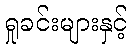
ရှုခင်းများနှင့်